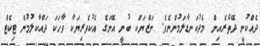
ދެއްކުނީ ދޭތެރެއިން މެދުކަނޑާލަމުންނެވެ. ނަޒްޔަކް ބުނީ އޭނަގެ އެކުވެރިޔަކާ ވާހަކަ ދައްކާލުމުން ޓިކެޓް